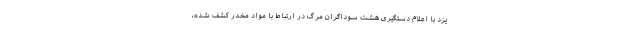
یزد با اعلام دستگیری هشت سوداگران مرگ در ارتباط با مواد مخدر کشف شده،